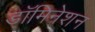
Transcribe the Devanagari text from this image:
डॉमिनेशन